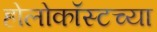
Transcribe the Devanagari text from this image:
होलोकॉस्टच्या